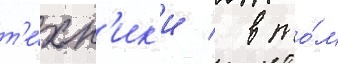
т'е́хн'ик'и / в то́м